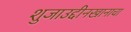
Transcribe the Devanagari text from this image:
शुजाउद्दीनखानाचा